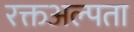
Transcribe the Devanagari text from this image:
रक्तअल्पता